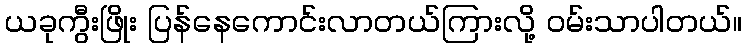
ယခုကွီးဖြိုး ပြန်နေကောင်းလာတယ်ကြားလို့ ဝမ်းသာပါတယ်။